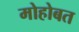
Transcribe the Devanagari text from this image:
मोहोबत